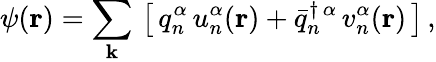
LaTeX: \psi({\mathbf r})=\sum_{\mathbf k}\, \left[\, q_{n}^{\alpha}\, u_{n}^{\alpha}({\mathbf r})+{\bar{q}}_{n}^{\dagger\, {\alpha}}\, v_{n}^{\alpha}({\mathbf r})\, \right]\, ,